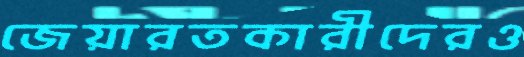
জেয়ারতকারীদেরও